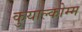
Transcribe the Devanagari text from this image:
कुयाल्कोम्म